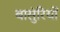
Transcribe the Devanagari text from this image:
बासुंरियों